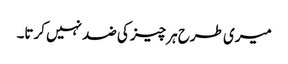
میری طرح ہر چیز کی ضد نہیں کرتا۔